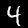
Label: 4